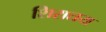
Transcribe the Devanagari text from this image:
शिरातय